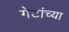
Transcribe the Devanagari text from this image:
गेटांच्या